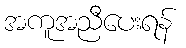
အကူအညီပေးရန်